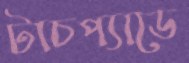
টাচপ্যাডে